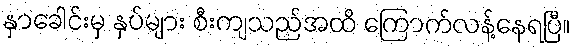
နှာခေါင်းမှ နှပ်များ စီးကျသည်အထိ ကြောက်လန့်နေရပြီ။